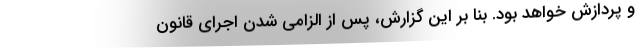
و پردازش خواهد بود. بنا بر این گزارش، پس از الزامی شدن اجرای قانون